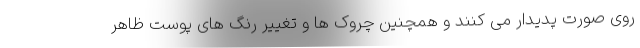
روی صورت پدیدار می کنند و همچنین چروک ها و تغییر رنگ های پوست ظاهر